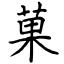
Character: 菓